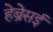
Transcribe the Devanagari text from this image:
हेब्रेसई